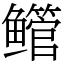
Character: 鳤